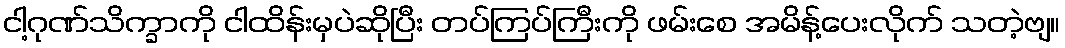
ငါ့ဂုဏ်သိက္ခာကို ငါထိန်းမှပဲဆိုပြီး တပ်ကြပ်ကြီးကို ဖမ်းစေ အမိန့်ပေးလိုက် သတဲ့ဗျ။